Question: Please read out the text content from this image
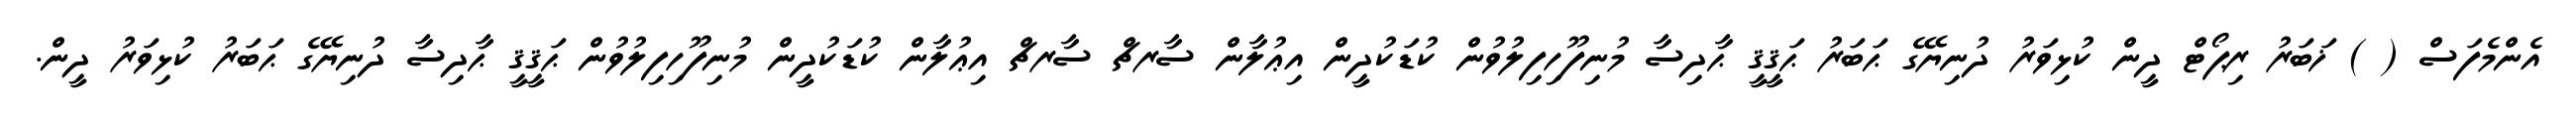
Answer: އެންމެފަސް ( ) ޚަބަރު ރިޕޯޓް ދީން ކުޅިވަރު ދުނިޔޭގެ ޙަބަރު ޙަޤީޤީ ޙާދިސާ މުނިފޫހިފިލުވުން ކުޑަކުދީން އިޢުލާން ސާރޗް ސާރޗް އިޢުލާން ކުޑަކުދީން މުނިފޫހިފިލުވުން ޙަޤީޤީ ޙާދިސާ ދުނިޔޭގެ ޙަބަރު ކުޅިވަރު ދީން.